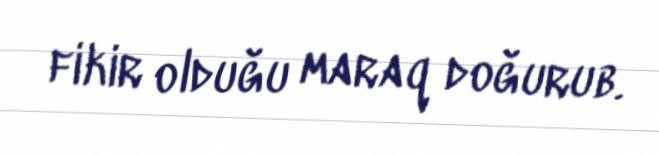
fikir olduğu maraq doğurub.